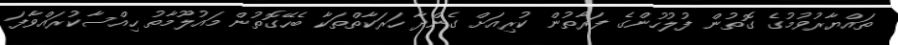
ތައްޔާރުވުމުގެ ގޮތުން ފުލުހުންގެ ފަރާތުން ކުރިއަށް ގެންދާ ހަރަކާތްތަކާ ބެހޭގޮތުން މައުލޫމާތު ހިއްސާކުރައްވާފަ